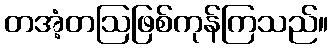
တအံ့တဩဖြစ်ကုန်ကြသည်။